Source: Handwritten
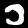
Digit: ၁ (1)